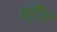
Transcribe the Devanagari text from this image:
बड़ेौर